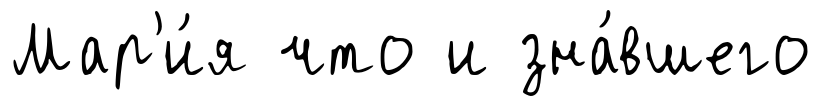
Мар'и́я что и зна́вшего